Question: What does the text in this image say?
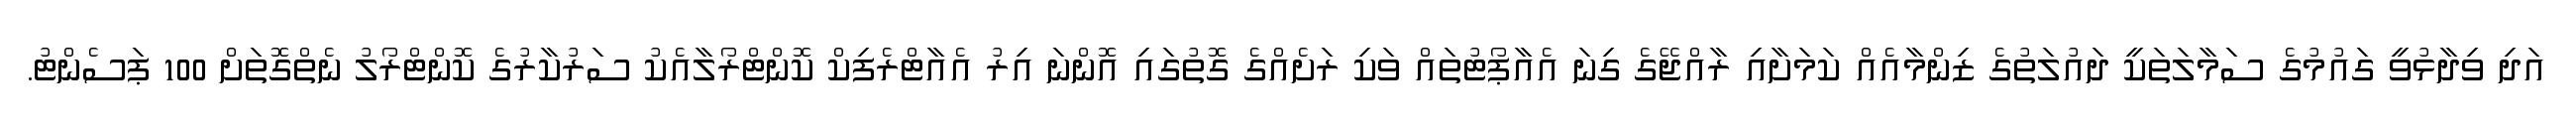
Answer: އަދި ވިދާޅުވީ ގައުމުގެ ސަމާލަތަކީ ދައުލަތުގެ ޒިންމާއެއް ކަމަށާއި ރާއްޖޭގެ ގިނަ އެއާޕޯޓުތައް ވަކި ރަށެއްގެ ގޮތުގައި އޮންނަ އިރު އެއާޓްރެފިކް ކޮންޓްރޯލާއެކު ސަރުކާރުގެ ކޮންޓްރޯލު ނެތްގޮތަށް 100 ޕަސެންޓު.